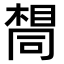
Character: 𫝛